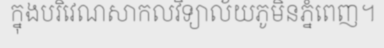
ក្នុងបរិវេណសាកលវិទ្យាល័យភូមិនភ្នំពេញ។